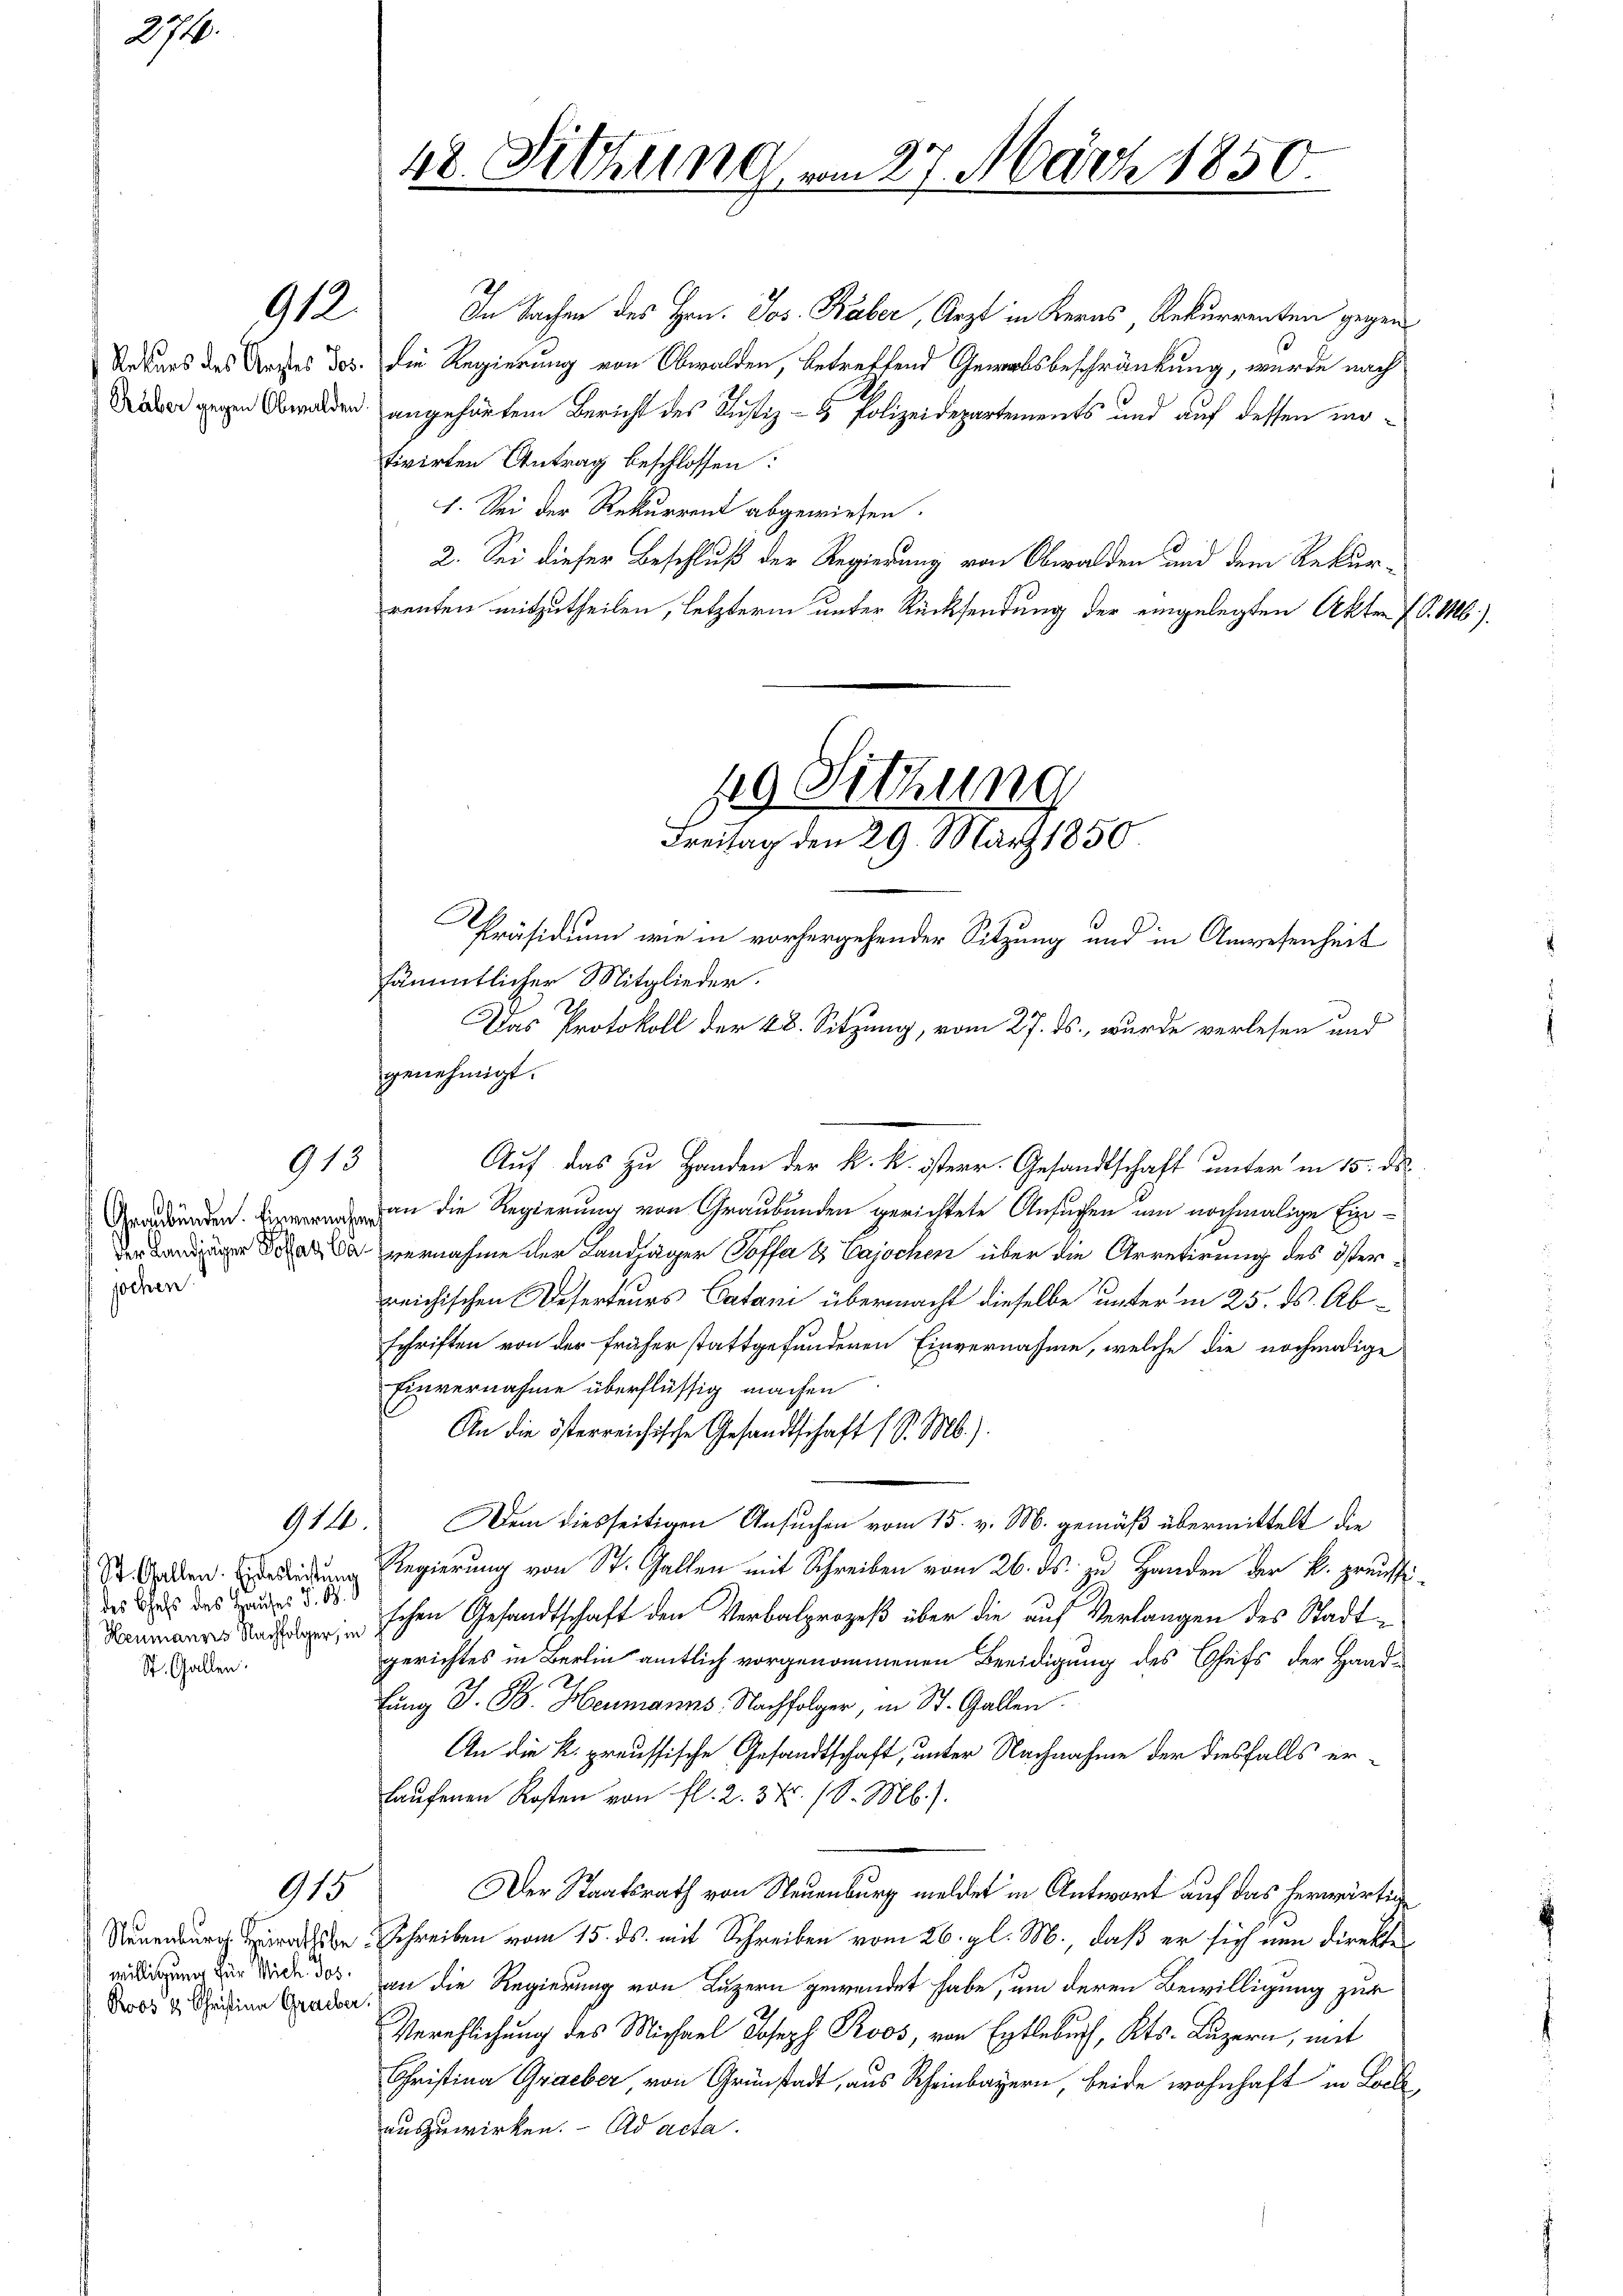
2716.

912.

Rekurs des Arztes Jos.
Räber gegen Obwalden.

913

Graubünden. Einvernahm
der Landjäger Polhaz Cajochen

911.

St. Gallen. Eidesleistung
 des Chefs des Hauses V. B. d
Heumannes Nachfolger, in
St. Gallen.

915

willigung für Mich. Jos.
Roos & Christina Grauber.

48. Sitzung am 27. März 1850.

In Sachen des Hrn. Jos. Baber, Arzt in Kerns, Rekurrenten gegen
die Regierung von Obwalden, betreffend Gewerbsbeschränkung, wurde nach
angehörtem Bericht des Justiz- & Polizeidepartements und auf dessen motivirten Antrag beschlossen:
1. Sei der Rekurrent abgewiesen.
2. Sei dieser Beschluß der Regierung von Obwalden und dem Rekurrenten mitzutheilen, letzterm unter Rücksendung der eingelegten Akten Er
Präsidium wie in vorhergehender Sitzung und in Anwesenheit
sämmtlicher Mitglieder.
Das Protokoll der 28. Sitzung, vom 27. ds., wurde verlesen und
genehmigt.
Auf das zu Handen der k. k. österr. Gesandtschaft unter in 15. ds.
an die Regierung von Graubünden gerichtete Ansuchen um nochmalige Einvernahme der Landjäger Soffa & Cajochen über die Arretirung des öster-
reichischen Deserteurs Catani übermacht dieselbe unterm 25. ds. Abschriften von der früher stattgefunderen Einvernahme, welche die nochmalige
Einvernahme überflüssig machen
An die österreichische Gesandtschaft (S. M.).
Dem diesseitigen Ansuchen vom 15. v. M. gemäß übermittelt die
Regierung von St. Gallen mit Schreiben vom 26. ds. zu Handen der k. preussischen Gesandtschaft den Verbalprozeß über die auf Verlangen des Stadtgerichtes in Berlin amtlich vorgenommenen Beeidigung des Chefs der Handlung S. B. Heumanns. Nachfolger, in St. Gallen.
An die K. preussische Gesandtschaft, unter Nachnahme der diesfalls erhaufenen Kosten von fl. 2. 37. (S. Mb).
Der Staatsrath von Neuenburg meldet in Antwort auf das herwärtig
Neuenburg die Schreiben vom 15. ds. mit Schreiben vom 26. gl. M., daß er sich nun direkte
an die Regierung von Luzern gewendet habe, um deren Bewilligung zur
Verehlichung des Michael Joseph Roos, von Entlebuch, Kts. Luzern, mit
Christina Graeber, von Grünstadt, aus Rheinbayern, beide wohnhaft in Locke
auszuwirken. Ad acta.

49 Sitzung
Freitag den 29. März 1850.

/